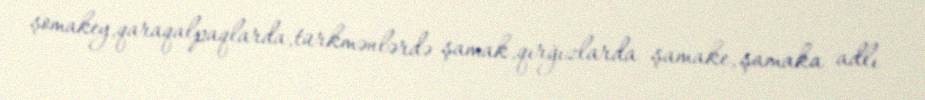
şomakey,qaraqalpaqlarda,türkmənlərdə şamak,qırğızlarda şamake, şamaka adlı